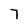
Character: 7